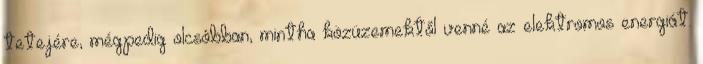
tetejére, mégpedig olcsóbban, mintha közüzemektől venné az elektromos energiát.